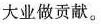
大业做贡献。